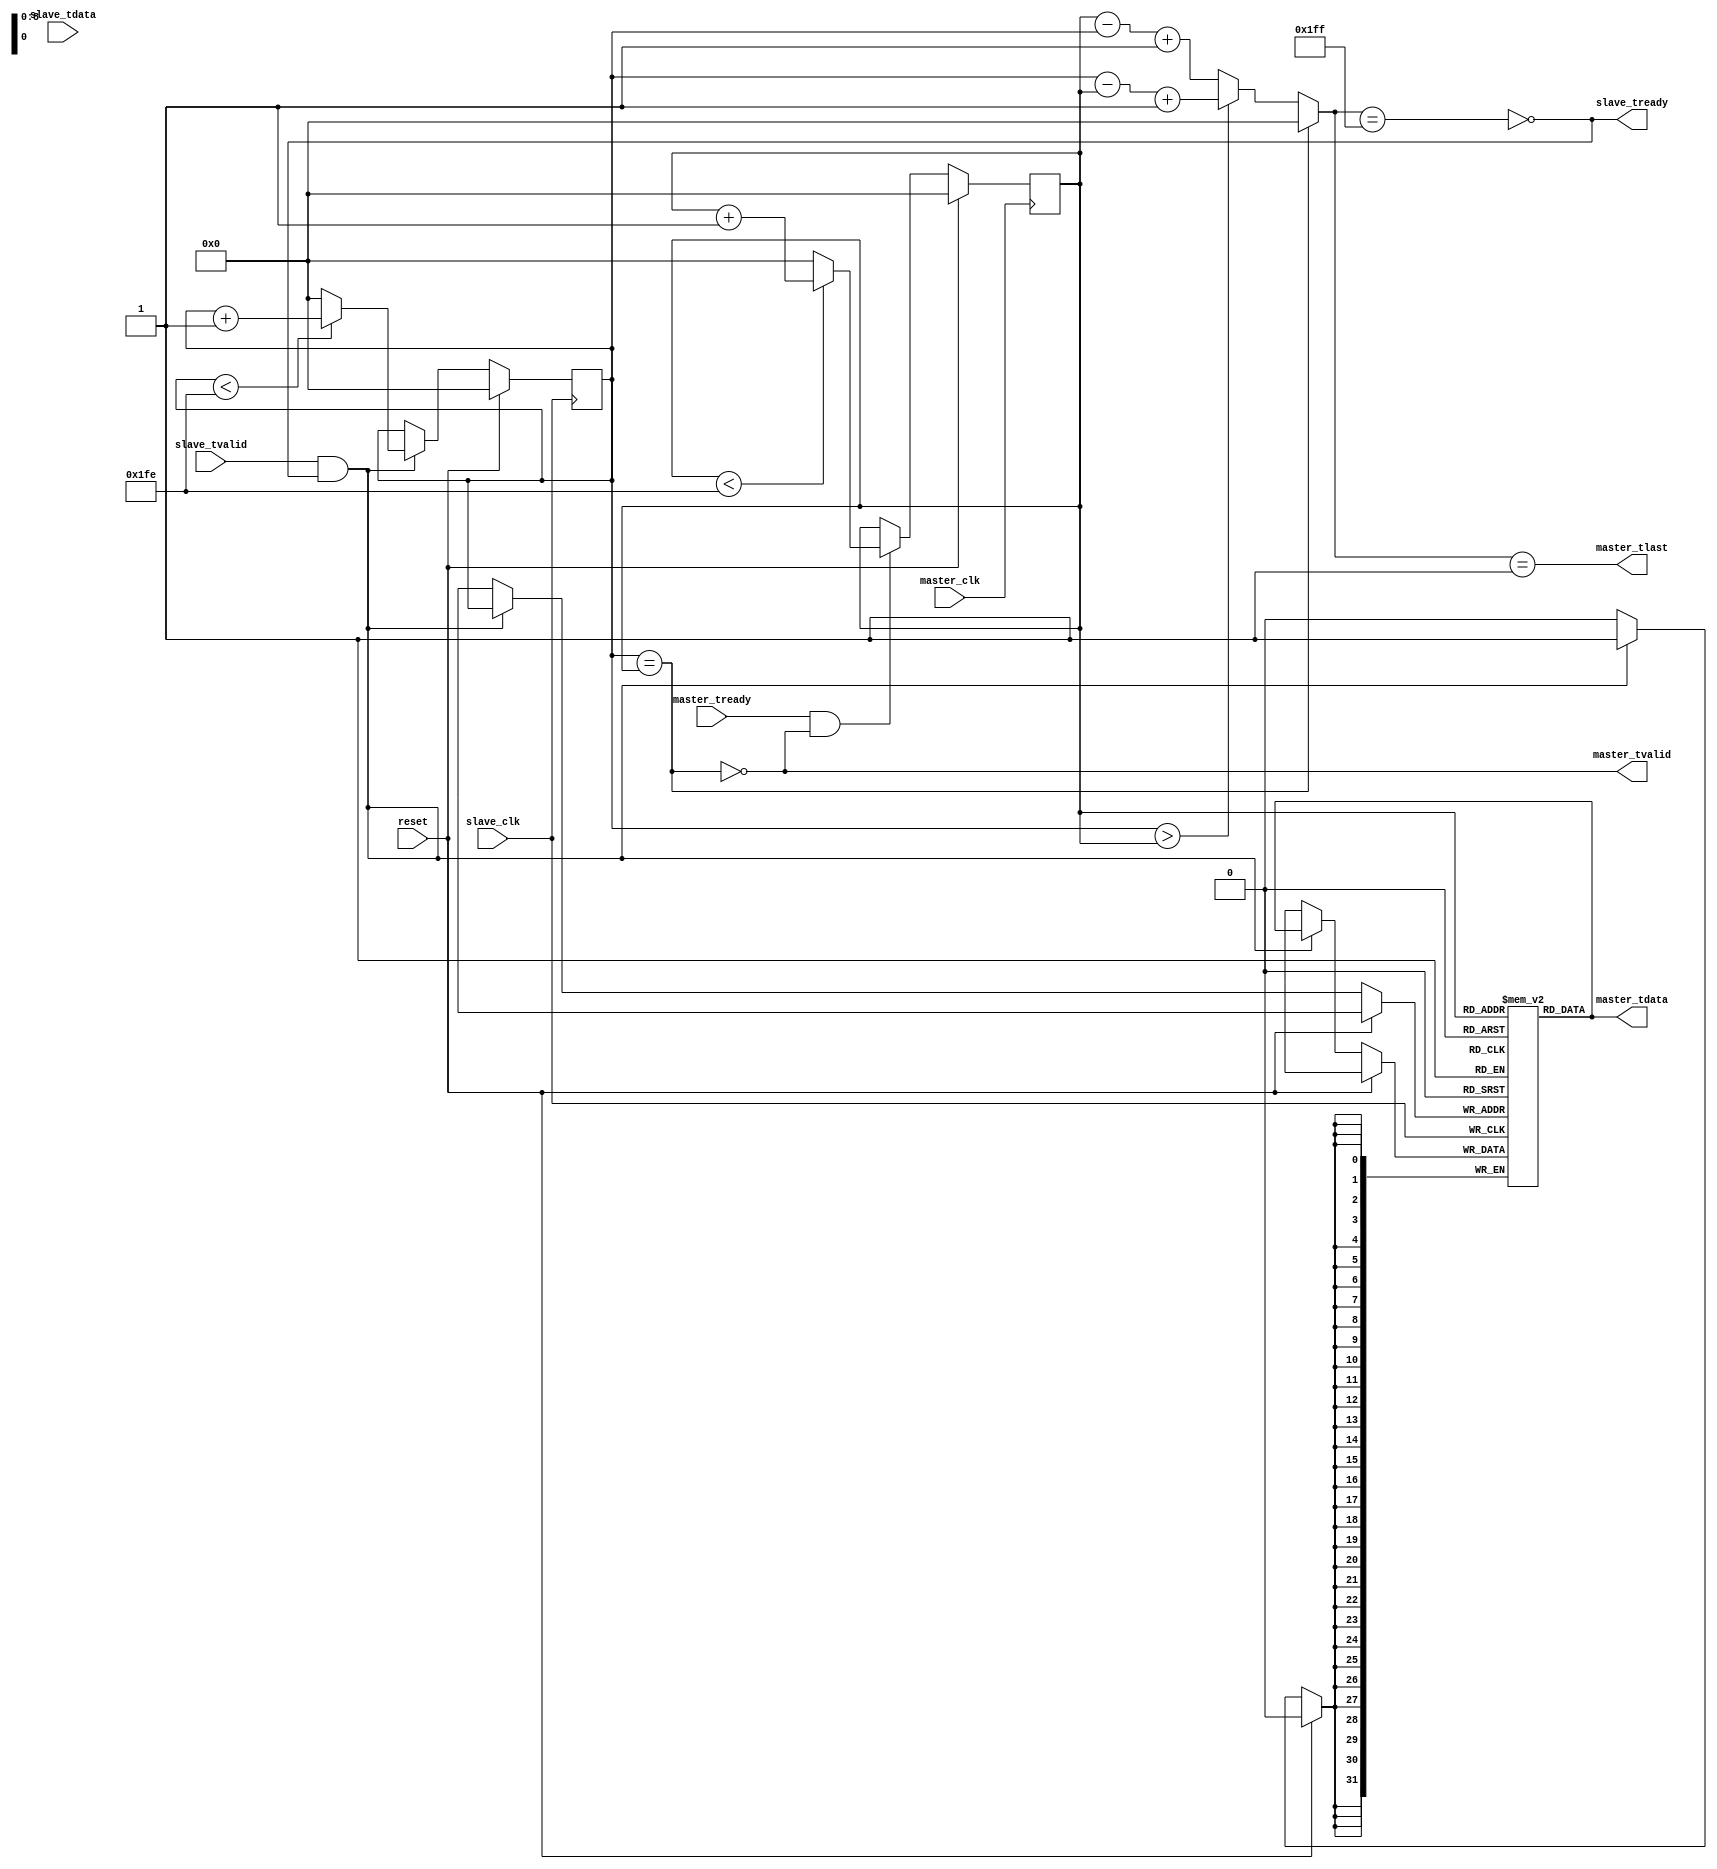
module axisfifo
  #(
    parameter integer dataw = 32,
    parameter integer depth = 512
    )
   (

    // slave interface
    input [dataw-1:0]  slave_tdata,
    input              slave_tvalid,
    output             slave_tready,

    // master interface
    output [dataw-1:0] master_tdata,
    output master_tvalid,
    output master_tlast,
    input master_tready,

    input master_clk,
    input slave_clk,
    input reset

    );

   // RAM
   reg [dataw-1:0] fifo [0:depth-1];

   // read / write pointers
   reg [$clog2(depth-1)-1:0] wrpos;
   reg [$clog2(depth-1)-1:0] rdpos;

   // hack
   localparam [$clog2(depth)-1:0] fifo_depth = depth -1;
   // FIFO signals
   // fullness counter
   wire [$clog2(depth)-1:0] fullness;
   assign fullness = (wrpos == rdpos) ? 0 : (wrpos > rdpos) ? wrpos-rdpos + 1 : rdpos-wrpos + 1;
   assign master_tlast = (fullness == 1);

   // full signal
   wire                    ffull;
   assign ffull = fullness == fifo_depth;
   // empty signal
   wire                    fempty;
   assign fempty = wrpos == rdpos;
   // read enable
   wire                    fread;
   assign fread = master_tready && !fempty;
   // write enable
   wire                    fwrite;
   assign fwrite = slave_tvalid && !ffull;

   // axi master interface
   assign master_tvalid = !fempty;
   assign master_tdata = fifo[rdpos];

   // axi slave interface
   assign slave_tready = !ffull;

   // perform writes
   always @(posedge slave_clk) begin
      if (reset) begin
         wrpos <= 0;
      end
      else begin
         if (fwrite) begin
            fifo[wrpos] <= master_tdata;
            if (wrpos < (fifo_depth-1)) begin
               wrpos <= wrpos + 1;
            end
            else begin
               wrpos <= 0;
            end
         end
      end
   end

   // perform reads
   always @(posedge master_clk) begin
      if (reset) begin
         rdpos <= 0;
      end
      else begin
         if (fread) begin
            if (rdpos < (fifo_depth-1)) begin
               rdpos <= rdpos + 1;
            end
            else begin
               rdpos <= 0;
            end
         end
      end
   end

endmodule